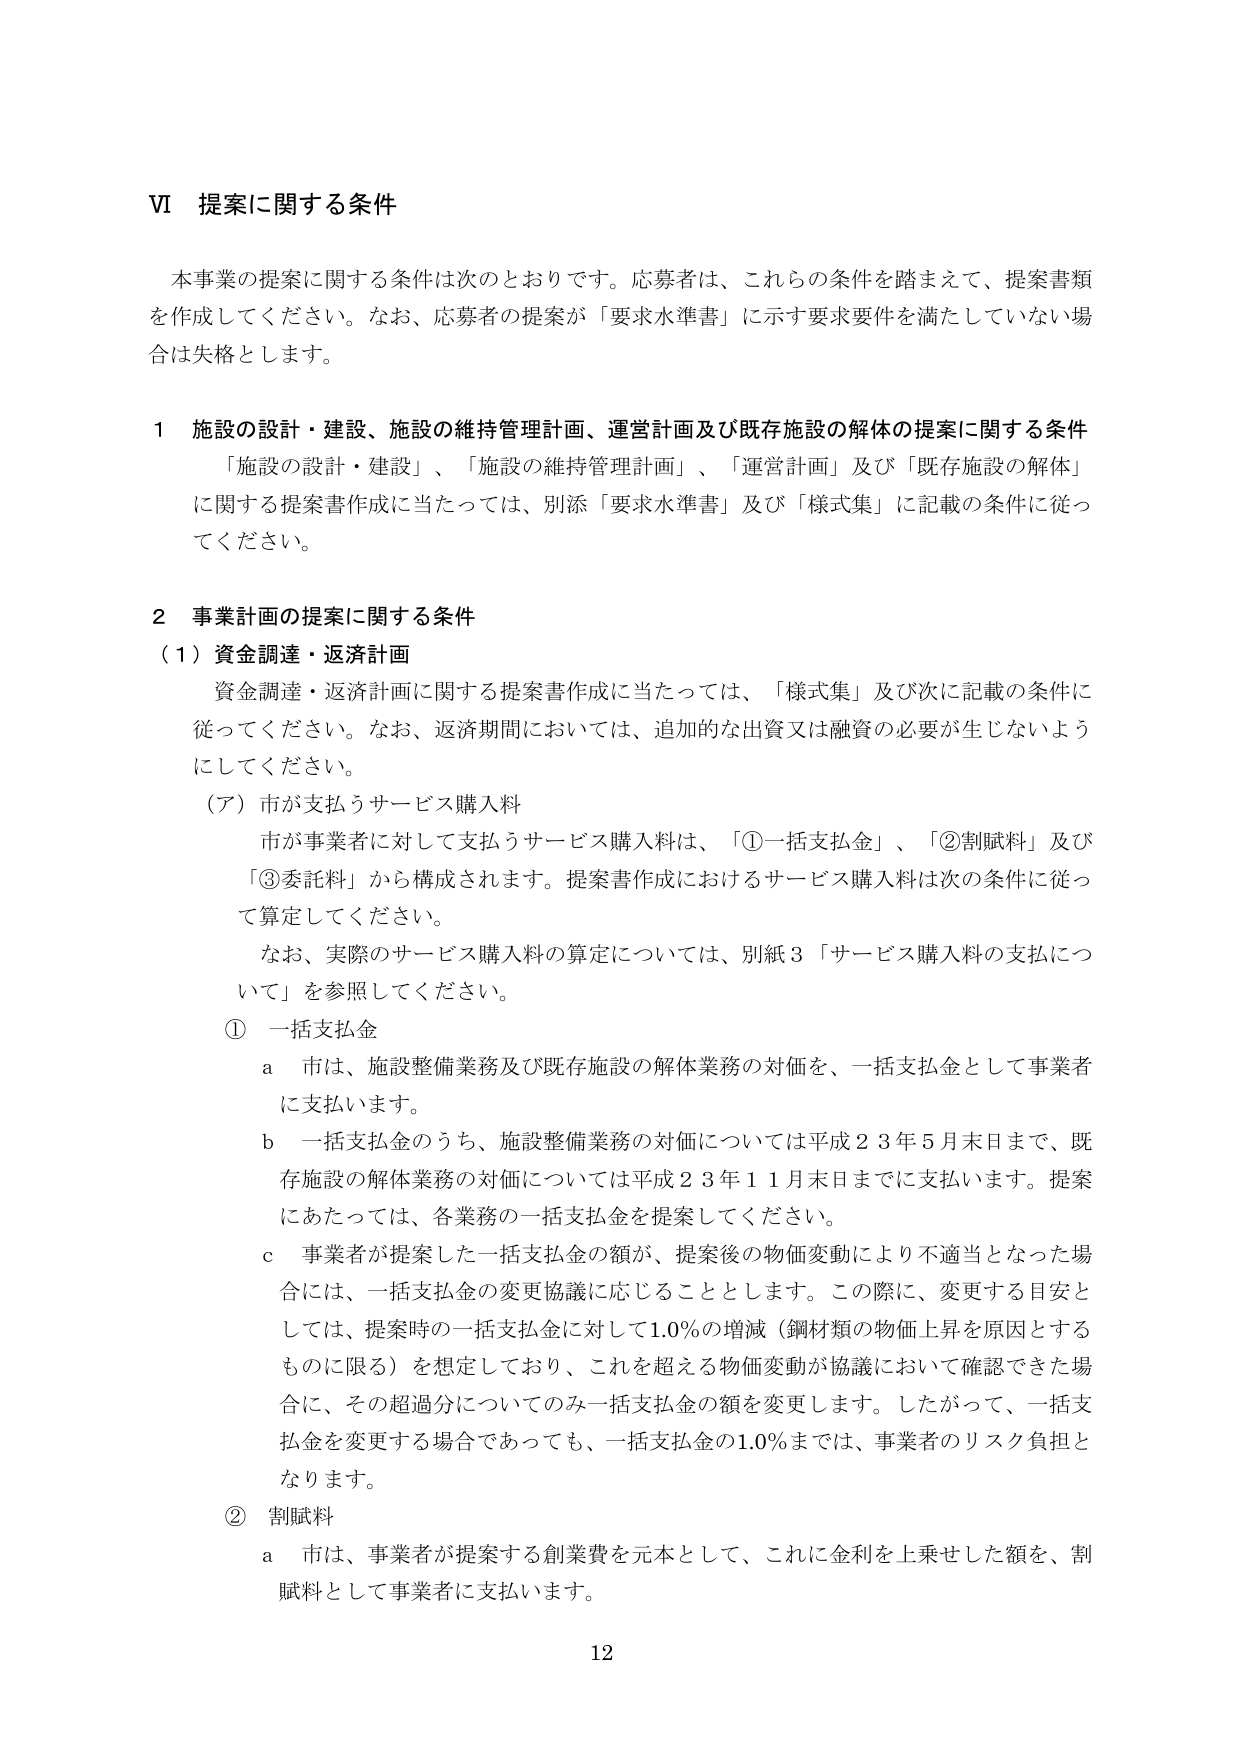
VI 提案に関する条件

本事業の提案に関する条件は次のとおりです。応募者は、これらの条件を踏まえて、提案書類を作成してください。なお、応募者の提案が「要求水準書」に示す要求要件を満たしていない場合は失格とします。

1 施設の設計・建設、施設の維持管理計画、運営計画及び既存施設の解体の提案に関する条件
「施設の設計・建設」、「施設の維持管理計画」、「運営計画」及び「既存施設の解体」に関する提案書作成に当たっては、別添「要求水準書」及び「様式集」に記載の条件に従ってください。

2 事業計画の提案に関する条件
（1）資金調達・返済計画
資金調達・返済計画に関する提案書作成に当たっては、「様式集」及び次に記載の条件に従ってください。なお、返済期間においては、追加的な出資又は融資の必要が生じないようにしてください。
（ア）市が支払うサービス購入料
市が事業者に対して支払うサービス購入料は、「①一括支払金」、「②割賦料」及び「③委託料」から構成されます。提案書作成におけるサービス購入料は次の条件に従って算定してください。
なお、実際のサービス購入料の算定については、別紙3「サービス購入料の支払について」を参照してください。
① 一括支払金
a 市は、施設整備業務及び既存施設の解体業務の対価を、一括支払金として事業者に支払います。
b 一括支払金のうち、施設整備業務の対価については平成23年5月末日まで、既存施設の解体業務の対価については平成23年11月末日までに支払います。提案にあたっては、各業務の一括支払金を提案してください。
c 事業者が提案した一括支払金の額が、提案後の物価変動により不適当となった場合には、一括支払金の変更協議に応じることとします。この際に、変更する目安としては、提案時の⼀括⽀払⾦に対して1.0％の増減（鋼材類の物価上昇を原因とするものに限る）を想定しており、これを超える物価変動が協議において確認できた場合に、その超過分についてのみ一括支払金の額を変更します。したがって、一括支払金を変更する場合であっても、一括支払金の1.0％までは、事業者のリスク負担となります。
② 割賦料
a 市は、事業者が提案する創業費を元本として、これに金利を上乗せした額を、割賦料として事業者に支払います。

12